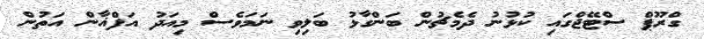
ގްރޫޕް ސްޓޭޖްގައި ކުޅުނު ދެމެޗުން ބަންގާޅު ބަލިވި ނަމަވެސް މިއަދު އަފްޣާން އަތުން